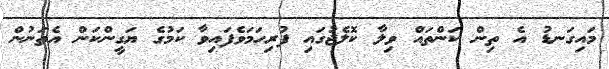
މައިގަނޑު އެ ތިން ކަންތައް ވިލާ ކޮލެޖުގައި ފުރިހަމަވެފައިވާ ކަމުގެ ޔަގީންކަން އެތަނުން